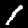
Label: 1